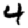
Digit: 4